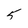
Character: 5